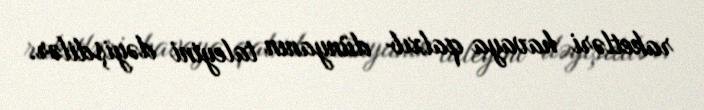
raketləri havaya qalxıb dünyanın taleyini dəyişdilər.